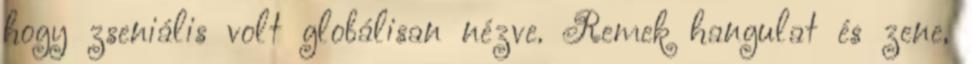
hogy zseniális volt globálisan nézve. Remek hangulat és zene,